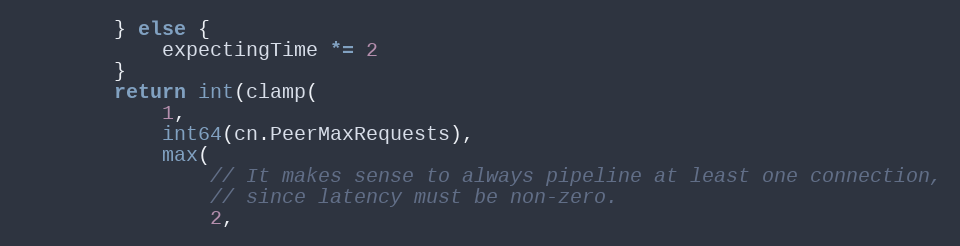
Language: Go
		} else {
			expectingTime *= 2
		}
		return int(clamp(
			1,
			int64(cn.PeerMaxRequests),
			max(
				// It makes sense to always pipeline at least one connection,
				// since latency must be non-zero.
				2,